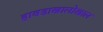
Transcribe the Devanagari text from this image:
हावडाखालोखाल